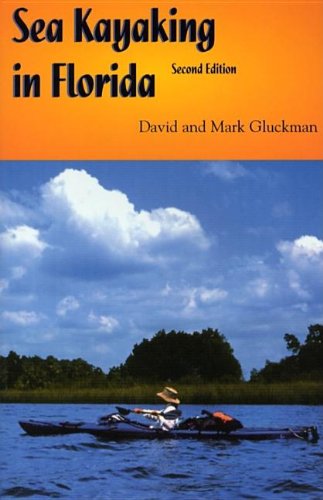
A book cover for Sea Kayaking in Florida; Mark Gluckman; Sports & Outdoors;